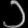
Digit: ၁